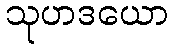
သုဟဒယော